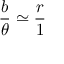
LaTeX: { \frac { b } { \theta } } \simeq { \frac { r } { 1 } }